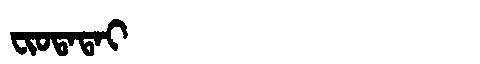
Manchu: ᠸᡳᠣᡨᠠᡨᠠᡳ
Romanization: FIOTATAI